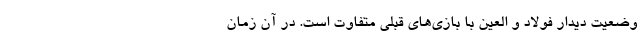
وضعیت دیدار فولاد و العین با بازی‌های قبلی متفاوت است. در آن زمان